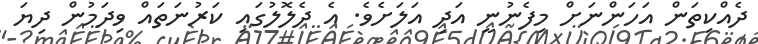
ދެއްކިތަން އަހަންނަށް މިފެނުނީ އަދި އަލަށެވެ. އެ ދެލޮލުގައި ކަރުނަތައް ވިދަމުން ދިޔަ